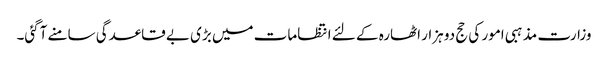
وزارت مذہبی امور کی حج دو ہزار اٹھارہ کے لئے انتظامات میں بڑی بے قاعدگی سامنے آگئی۔